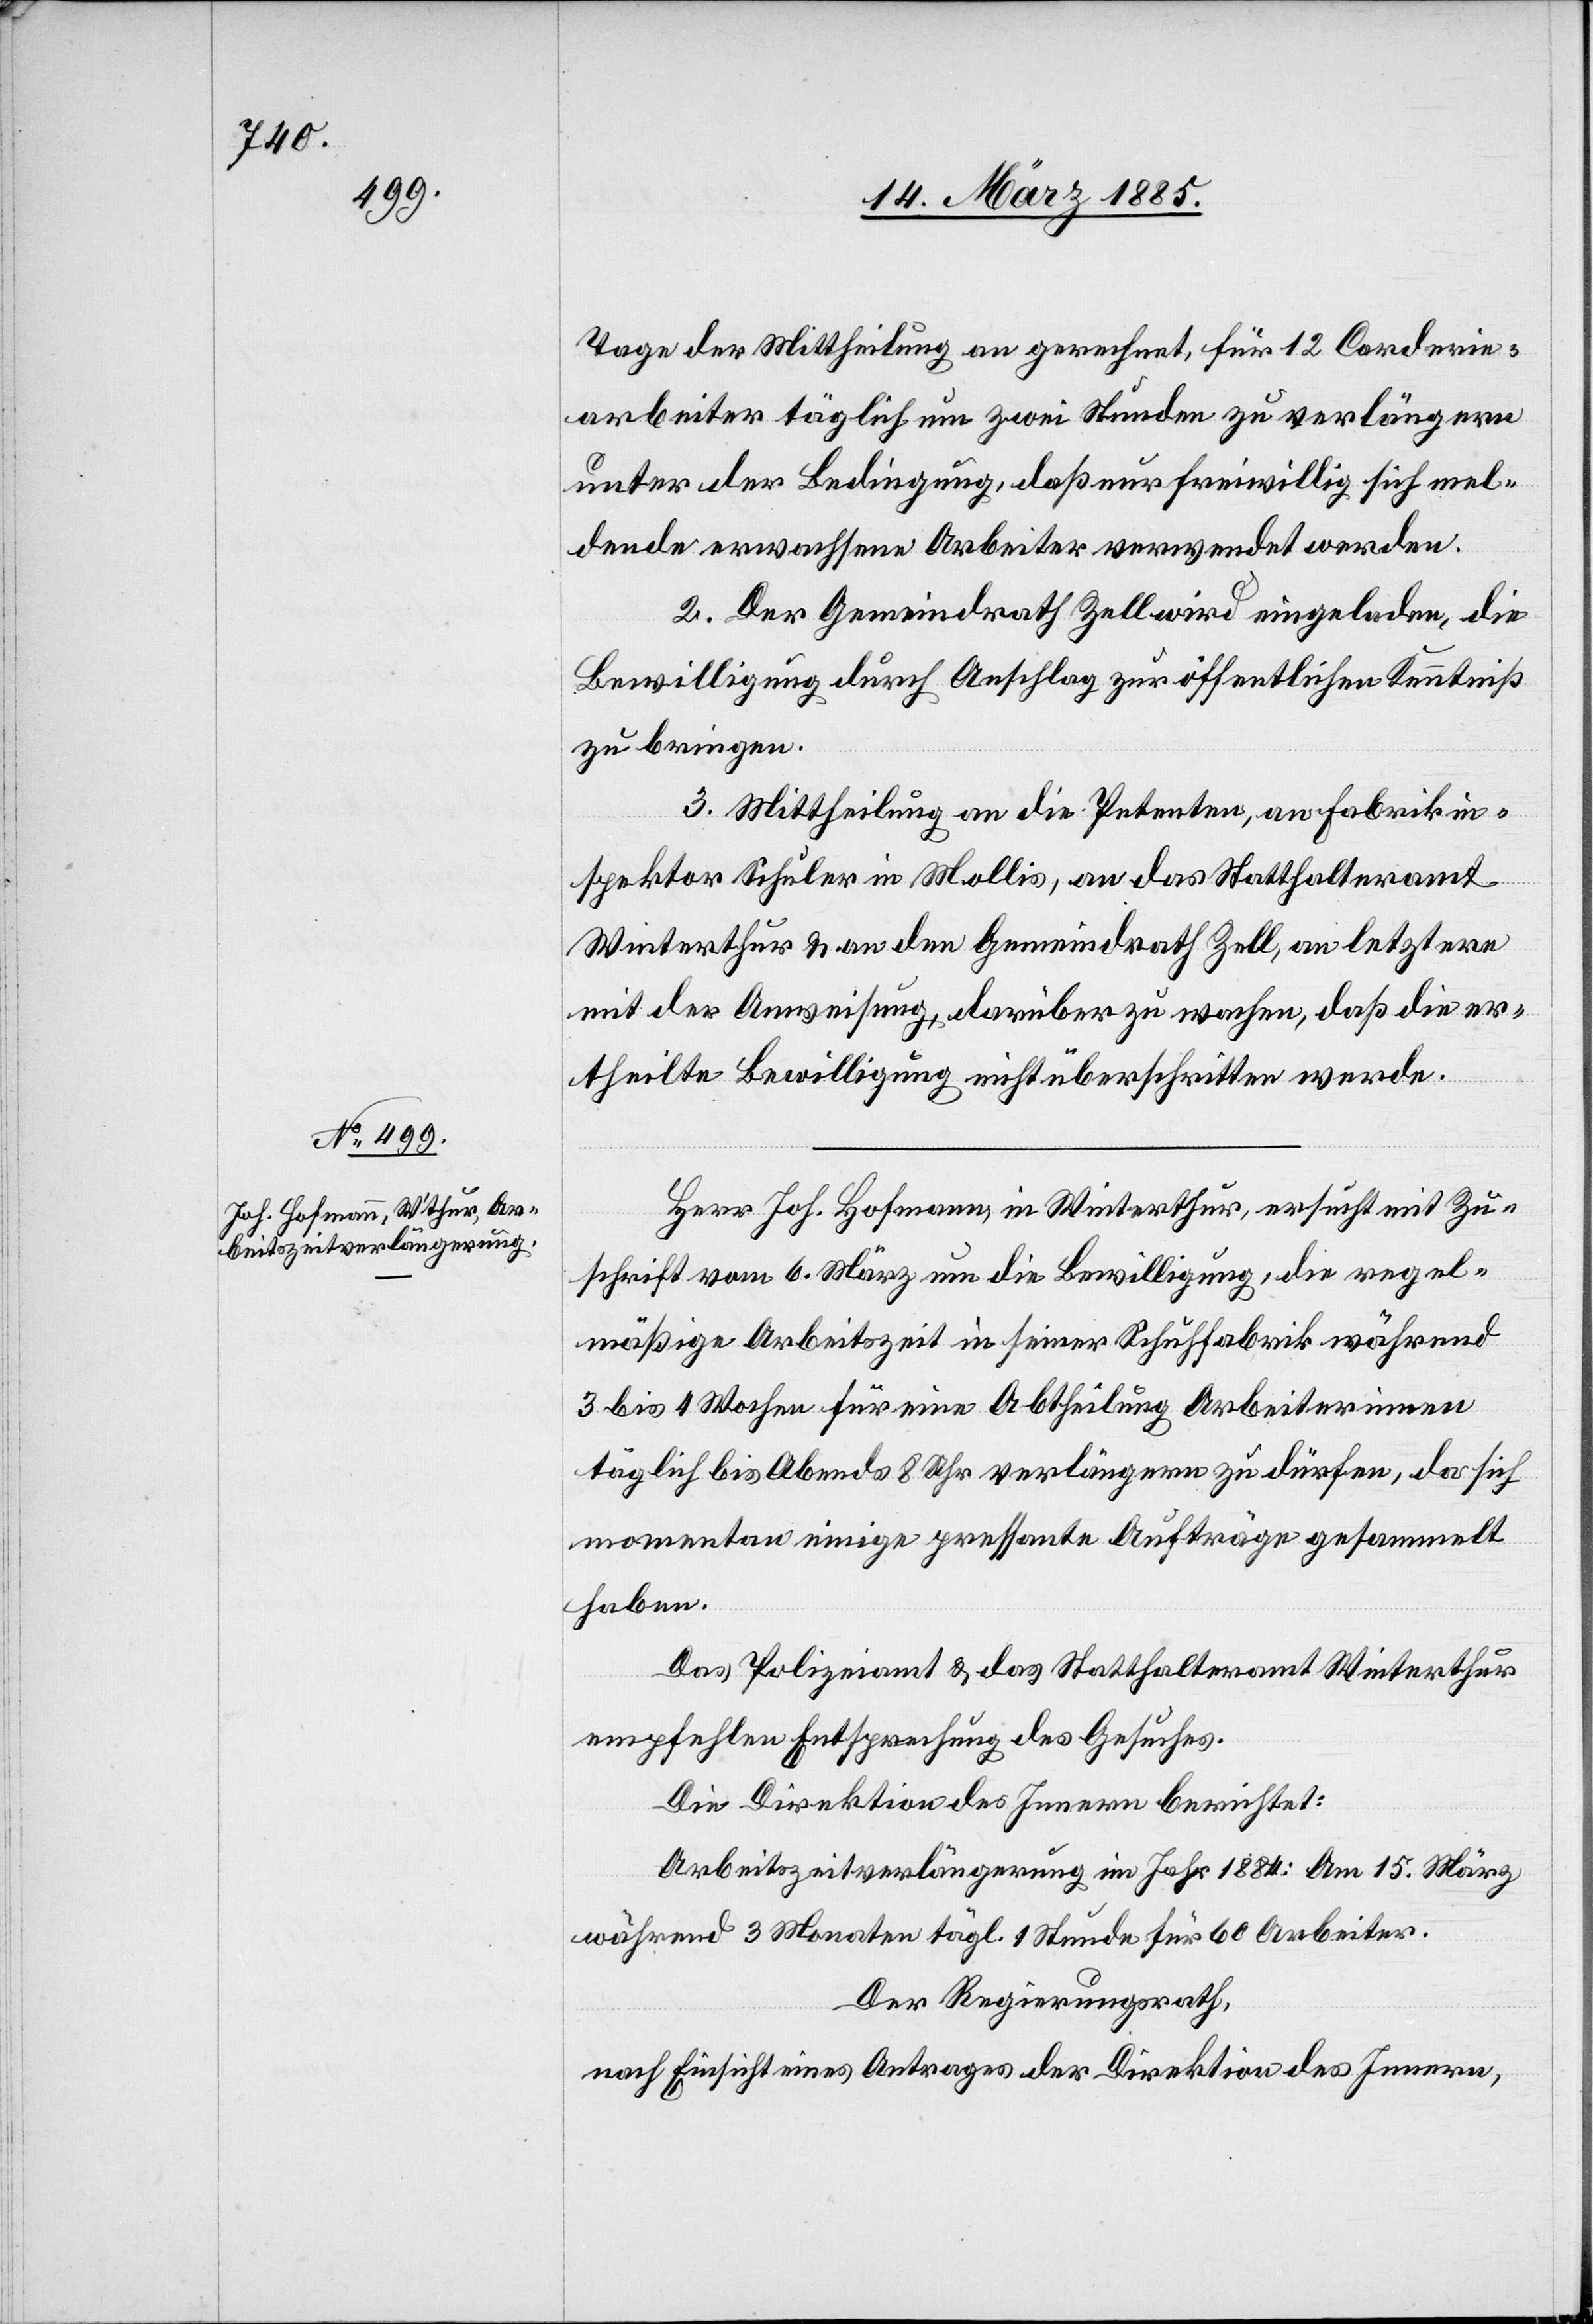
Tage der Mittheilung an gerechnet, für 12 Carderie¬
arbeiter täglich um zwei Stunden zu verlängern
unter der Bedingung, das nur freiwillig sich mel¬
dende erwachsene Arbeiter verwendet werden.
2. Der Gemeindrath Zell wird eingeladen, die
Bewilligung durch Anschlag zur öffentlichen Kenntniß
zu bringen.
3. Mittheilung an die Petenten, an Fabrikin¬
spektor Schuler in Mollis, an das Statthalteramt
Winterthur & an den Gemeindrath Zell, an letztere
mit der Anweisung, darüber zu wachen daß die er¬
theilte Bewilligung nicht überschritten werde.
Herr Joh. Hofmann, in Winterthur, ersucht mit Zu¬
schrift vom 6. März um die Bewilligung, die regel¬
mäßige Arbeitszeit in seiner Schuhfabrik während
3 bis 4 Wochen für eine Abtheilung Arbeiterinnen
täglich bis Abends 8 Uhr verlängern zu dürfen, da sich
momentan einige pressante Aufträge gesammelt
haben.
Das Polizeiamt & das Statthalteramt Winterthur
empfehlen Entsprechung des Gesuches.
Die Direktion des Innern berichtet:
Arbeitszeitverlängerung im Jahr 1884: Am 15. März
während 3 Monaten tägl. 1 Stunde für 60 Arbeiter.
Der Regierungsrath,
nach Einsicht eines Antrages der Direktion des Innern,